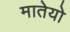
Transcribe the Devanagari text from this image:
मातेयो